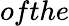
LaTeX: ofthe